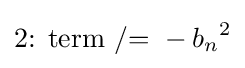
{\mathtt {\text{2: term /= }}}-{b_{n}}^{2}